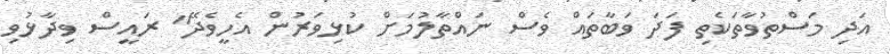
އަދި މަސްތުވާތަކެތި ފަދަ ވަބާތައް ވެސް ނައްތާލުމަށް ކުޅިވަރުން އެހީވެދޭ" ރައީސް ވިދާޅުވި